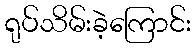
ရုပ်သိမ်းခဲ့ကြောင်း